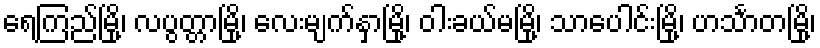
ရေကြည်မြို့၊ လပွတ္တာမြို့၊ လေးမျက်နှာမြို့၊ ဝါးခယ်မမြို့၊ သာပေါင်းမြို့၊ ဟင်္သာတမြို့၊